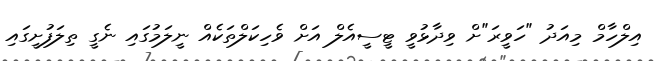
އިލްހާމް މިއަދު "ހަވީރަ"ށް ވިދާޅުވީ ޓީސީއެލް އަށް ވެހިކަލްތަކެއް ނީލަމުގައި ނެގީ ތިލަފުށީގައި